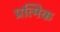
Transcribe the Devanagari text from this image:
प्रत्मिक